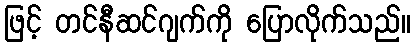
ဖြင့် တင်နီဆင်ဂျက်ကို ပြောလိုက်သည်။